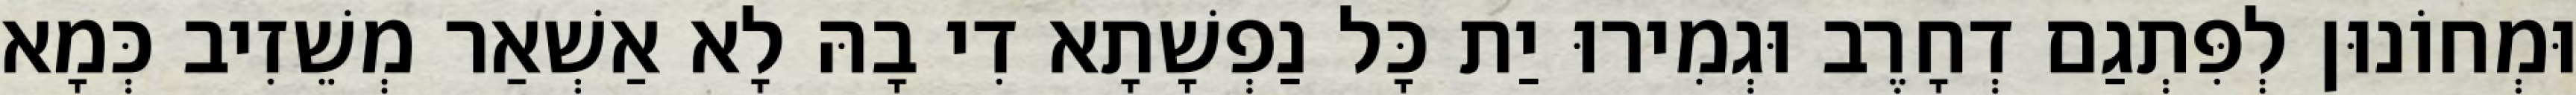
וּמְחוֹנוּן לְפִּתְגַם דְחָרֶב וּגְמִירוּ יַת כָּל נַפְשָׁתָא דִי בָהּ לָא אַשְׁאַר מְשֵׁזִיב כְּמָא